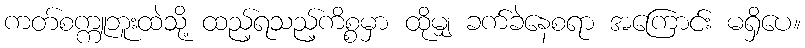
ကတ်စက္ကူဘူးထဲသို့ ထည့်ရသည့်ကိစ္စမှာ ထိုမျှ ခက်ခဲနေစရာ အကြောင်း မရှိပေ။